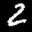
Label: 2